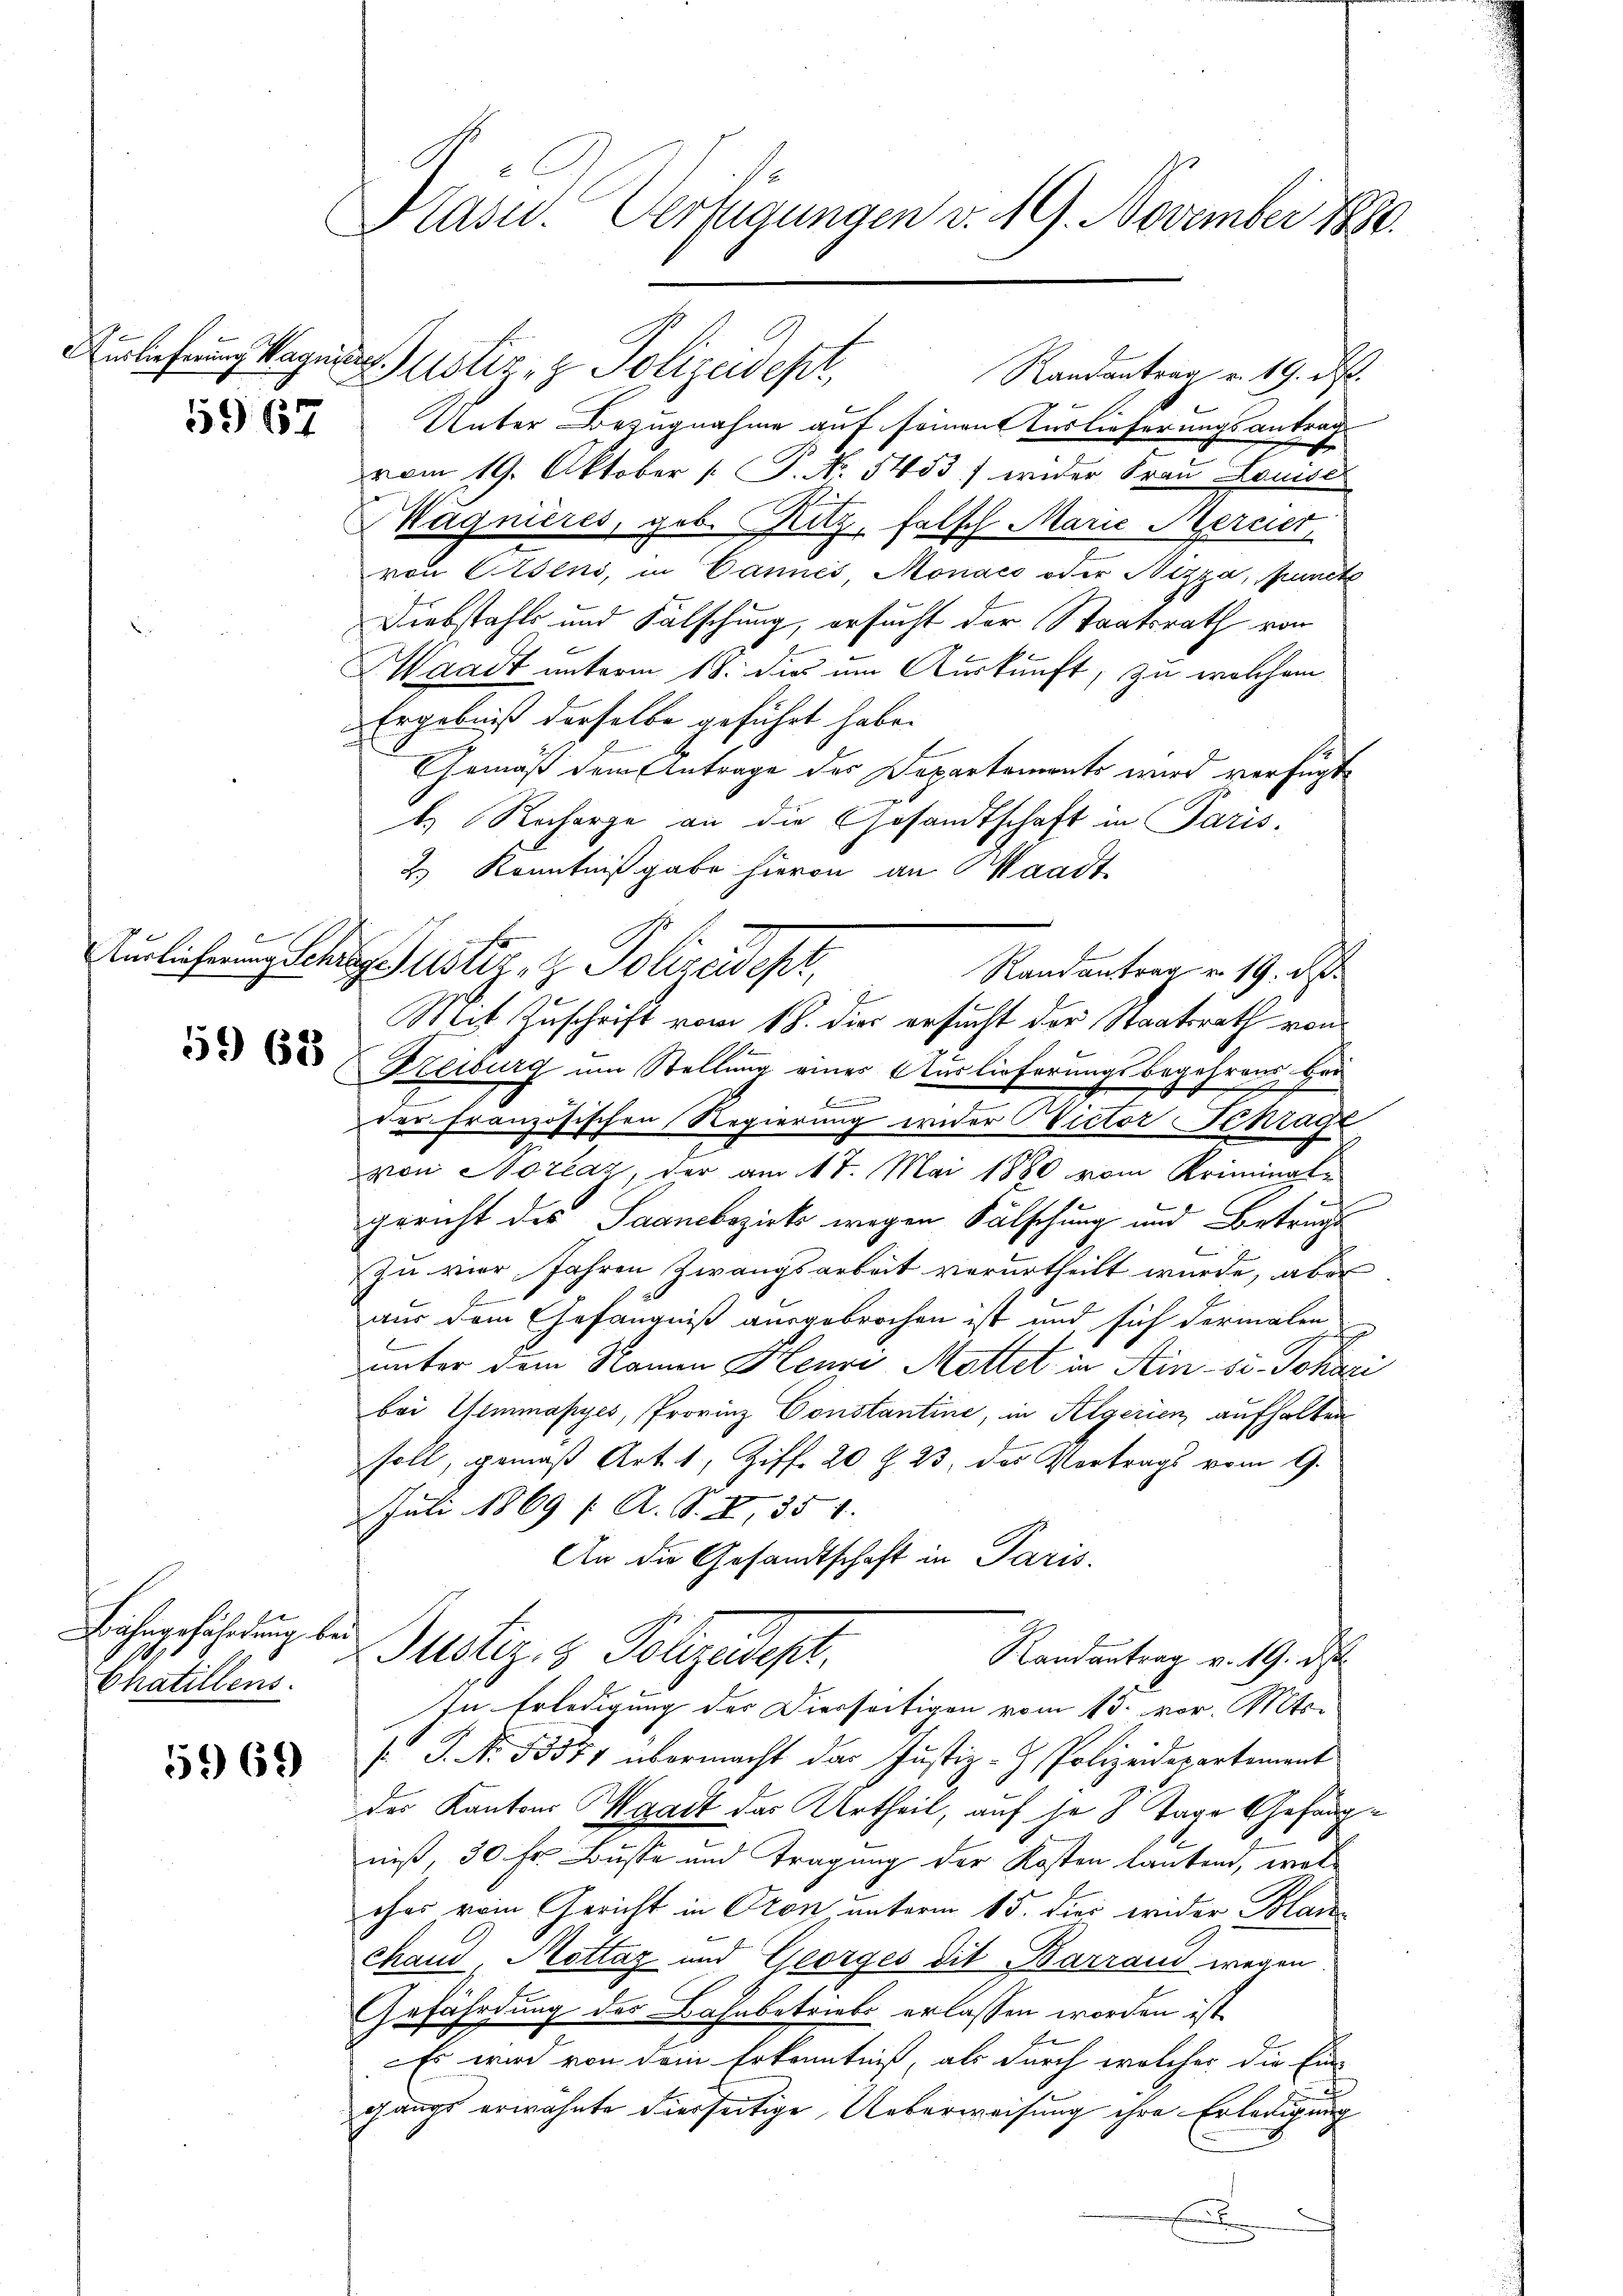
Auslieferung Magniert

967

59) 68

Bahngefährdung be¬
A
Chatillens.

561)

Kasu. Verfügungen v. 19. November 1880.

Aunlicherung Schragister, z. Polizeidept,

Justiz & Polizeidepr
Unter Bezugnahme auf seinen Auslieferungsantrag
vom 19. Oktober [ P. No. 5453) weder Frau Louise
Magnieres, geb. Ritz, falsch Marie Mercier
von Eisens, in Cannes, Monaco oder Nizza, puncte
Diebstahls und Fälschung, ersucht der Staatsrath von
Waadt unterm 18. dies um Auskunft, zu welchem
Ergebniß derselbe geführt habe.
Gemäß dem Antrage des Departements wird verfügt
e
l. Recharge an die Gesandtschaft in Paris,
2.) Kenntnißgabe hievon an Waadt
Randantrag v. 19. d
F
Mit Zuschrift vom 18. dies ersucht der Staatsrath von
Freiburg um Stellung eines Auslieferungsbegehrens ber
E
B
der Französischen Regierung wider Victor Schrage
von Noreaz, der am 17. Mai 1880 vom Kriminal-
gericht des Saanebezirks wegen Fälschung und Betrachte
zu vier Jahren Zwangsarbeit verurtheilt wurde, aber
aus dem Gefängniß ausgebrochen ist und sich dermalen
unter dem Namen Heure Mottet in Ain-se. Jokazi
bei Hemmapyes, Provinz Constantine, in Algerien aufhalten
soll, gemäß Art. 1, Ziff. 20. Z. 23, das Vortrags vom 9.
Juli 1869 f. A. S. I, 354.
An die Gesandtschaft in Paris.
u
Justiz- & Polizeidept.
Randantrag v. 19. ds
In Erledigung der Dierseitigen vom 15. vor. Mts.
. P. Nr. 55371 übermacht das Justiz-Z. Polizeidepartement
der Kantons Waadt des Urtheil, auf je 8 Tage Gefängniß, 30 Fr. Busse und Tragung der Kosten lautend, wel
cher vom Gericht in Pron unterm 15. dies wider Blauchand Mottaz und Georges dit Barrand wegen
Gefährdung des Bahnbetriebs erlassen worden ist.
Es wird von dem Erkenntniß, als durch welcher die Ein-
gangs erwähnte hierseitige Ueberweisung ihre Erledigung
x

Randantrag v. 19. d.